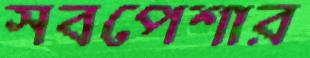
সবপেশার